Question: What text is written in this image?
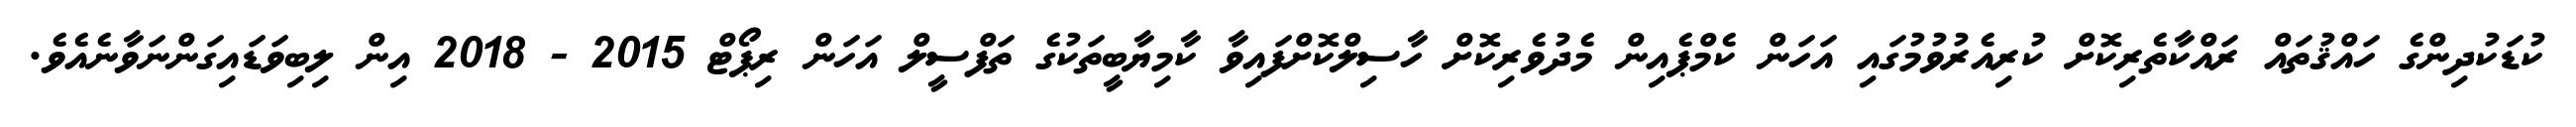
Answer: ކުޑަކުދިންގެ ހައްޤުތައް ރައްކާތެރިކޮށް ކުރިއެރުވުމުގައި އަހަން ކެމްޕެއިން މެދުވެރިކޮށް ހާސިލްކޮށްފައިވާ ކާމިޔާބީތަކުގެ ތަފްސީލް އަހަން ރިޕޯޓް 2015 - 2018 އިން ލިބިވަޑައިގަންނަވާނެއެވެ.